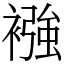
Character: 襁